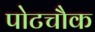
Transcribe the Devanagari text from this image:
पोटचौक